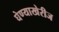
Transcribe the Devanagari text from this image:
घेण्याखेरीज